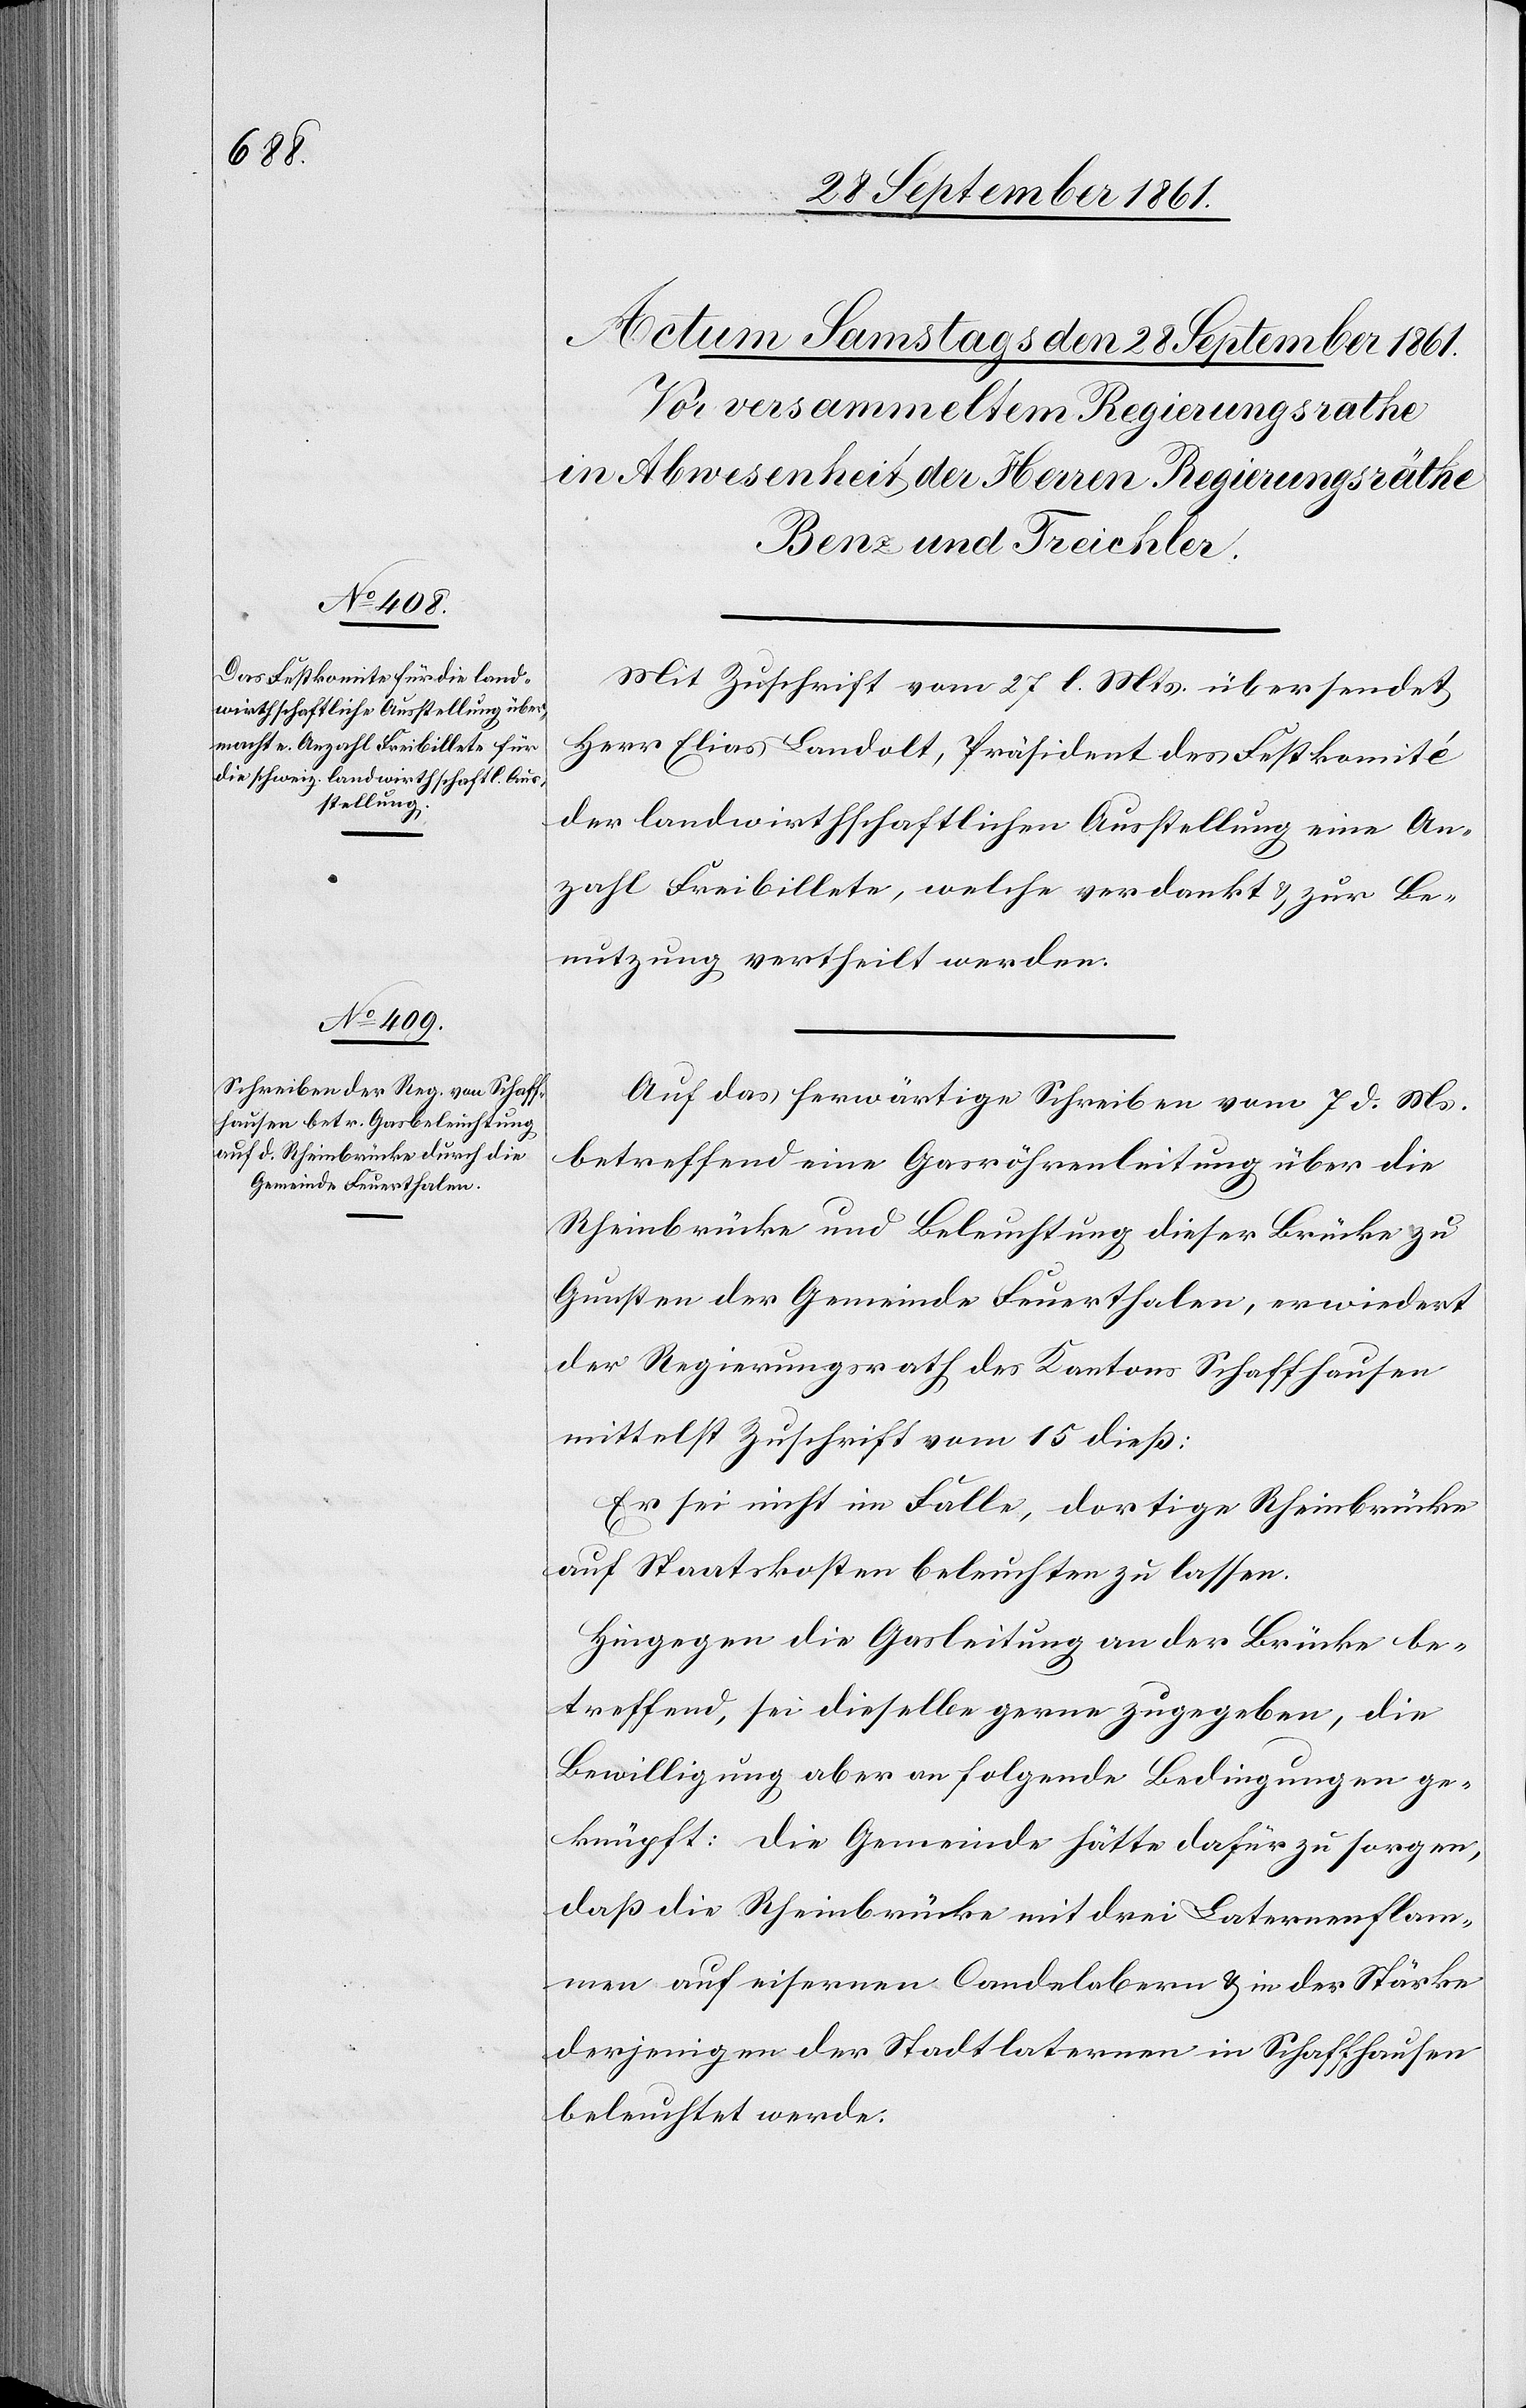
Mit Zuschrift vom 27 l. Mts. übersendet
Herr Elias Landolt, Präsident des Festkomité
der landwirthschaftlichen Ausstellung eine An¬
zahl Freibillete, welche verdankt u. zur Be¬
nutzung vertheilt werden.
Auf das herwärtige Schreiben vom 7 d. Mts.
betreffend eine Gasröhrenleitung über die
Rheinbrücke und Beleuchtung dieser Brücke zu
Gunsten der Gemeinde Feuerthalen, erwiedert
der Regierungsrath des Kantons Schaffhausen
mittelst Zuschrift vom 15 dieß:
Er sei nicht im Falle, dortige Rheinbrücke
auf Staatskosten beleuchten zu lassen.
Hingegen die Gasleitung an der Brücke be¬
treffend, sei dieselbe gerne zugegeben, die
Bewilligung aber an folgende Bedingungen ge¬
knüpft: die Gemeinde hätte dafür zu sorgen,
daß die Rheinbrücke mit drei Laternenflam¬
men auf eisernen Candelabern u. in der Stärke
derjenigen der Stadtlaternen in Schaffhausen
beleuchtet werde.